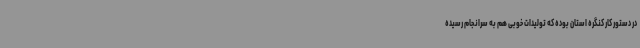
در دستور کار کنگره استان بوده که تولیدات خوبی هم به سرانجام رسیده